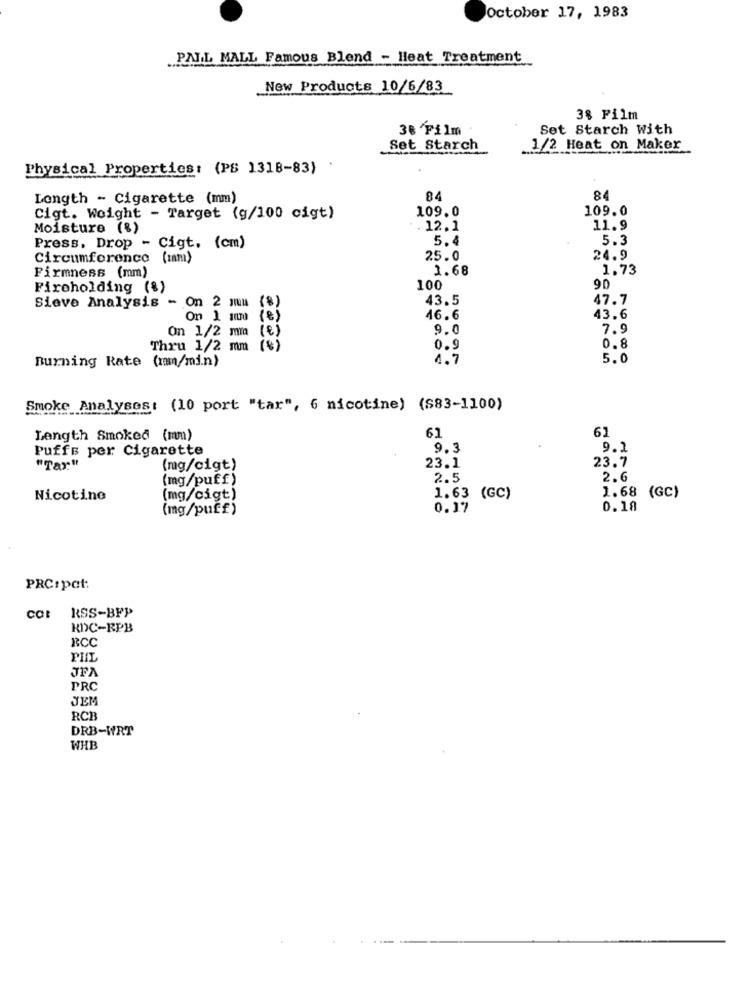
October 17, 1983
PALL MALL Famous Blend - Heat Treatment
New Products 10/6/83
3% Film
38 Film
Set Starch With
Set Starch
1/2 Heat on Maker
Physical Properties: (PS 1318-83)
.
Length - Cigarette (mm)
84
84
109.0
109.0
Cigt. Weight - Target (g/100 cigt)
Moisture (%)
. 12.1
11.9
5.4
5.3
Press. Drop - Cigt. (cm)
Circumference (ram)
25.0
24.9
Firmness (mm)
1.68
1,73
Firoholding (%)
100
90
Sieve Analysis - On 2 mu
(8)
43.5
47.7
On 1 m (e)
46.6
43.6
9.0
7.9
On 1/2 m (€)
Thru 1/2 mm (%)
0.9
0.8
Burning Rate (rm/min)
4.7
5.0
Smoke Analyses: (10 port "tar", 6 nicotine) ($83-1100)
61
Length Smoked (mm)
61
Puffs per Cigarette
9.3
9.2
23.7
"Tax"
(mg/cigt)
23.1
(mg/puff)
2.5
2.6
Nicotine
(mg/cigt)
1.63 (GC)
1.68 (GC)
(mg/puff)
0.17
0.18
PRC:pat:
cot RSS-BFP
KDC-EPB
RCC
PHIL
JFA
PRC
JEM
RCB
DRB-WRT
WHB